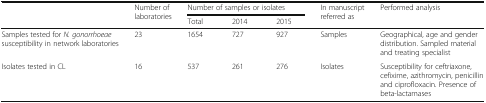
<table><thead><tr><td rowspan="2"></td><td rowspan="2"><b>Number of laboratories</b></td><td colspan="3"><b>Number of samples or isolates</b></td><td rowspan="2"><b>In manuscript referred as</b></td><td rowspan="2"><b>Performed analysis</b></td></tr><tr><td><b>Total</b></td><td><b>2014</b></td><td><b>2015</b></td></tr></thead><tbody><tr><td>Samples tested for <i>N. gonorrhoeae</i> susceptibility in network laboratories</td><td>23</td><td>1654</td><td>727</td><td>927</td><td>Samples</td><td>Geographical, age and gender distribution. Sampled material and treating specialist</td></tr><tr><td>Isolates tested in CL</td><td>16</td><td>537</td><td>261</td><td>276</td><td>Isolates</td><td>Susceptibility for ceftriaxone, cefixime, azithromycin, penicillin and ciprofloxacin. Presence of beta-lactamases</td></tr></tbody></table>